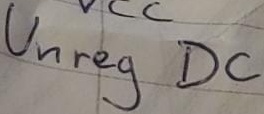
Text: Unreg DC